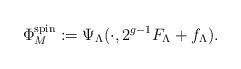
LaTeX: \begin{align*}\Phi_{M}^{\rm spin}:=\Psi_{\Lambda}(\cdot,2^{g-1}F_{\Lambda}+f_{\Lambda}).\end{align*}